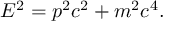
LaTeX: E ^ { 2 } = p ^ { 2 } c ^ { 2 } + m ^ { 2 } c ^ { 4 } .